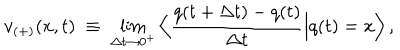
LaTeX: v _ { ( + ) } ( x , t ) \; \equiv \; \lim _ { \Delta t \rightarrow 0 ^ { + } } \Big \langle \frac { q ( t + \Delta t ) - q ( t ) } { \Delta t } \Big | q ( t ) = x \Big \rangle \, ,